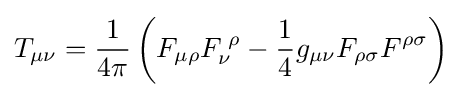
T_{\mu \nu }={\frac {1}{4\pi }}\left(F_{\mu \rho }F_{\nu }^{\;\rho }-{\frac {1}{4}}g_{\mu \nu }F_{\rho \sigma }F^{\rho \sigma }\right)